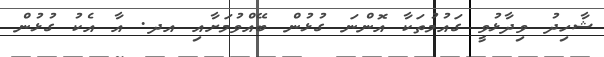
ޝާހިދު ވިދާޅުވީ ގައުމުތަކާ އޮންނަ ގުޅުން ބޭއްވުމަށާއި އދ. އާ އެކު ގުޅުން